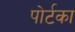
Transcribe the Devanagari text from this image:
पोर्टका